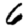
Digit: 6